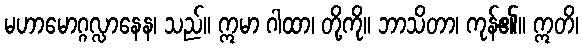
မဟာမောဂ္ဂလ္လာနေန၊ သည်။ ဣမာ ဂါထာ၊ တို့ကို။ ဘာသိတာ၊ ကုန်၏။ ဣတိ၊